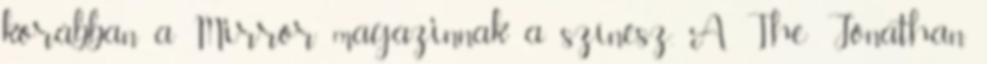
korábban a Mirror magazinnak a színész. A The Jonathan